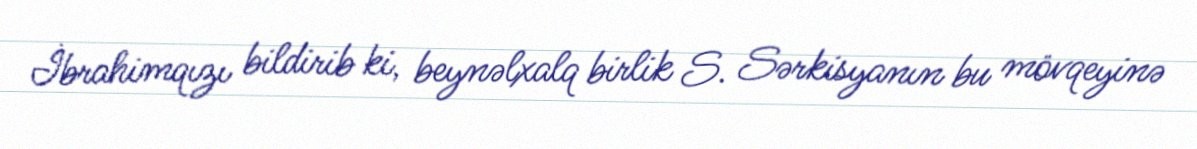
İbrahimqızı bildirib ki, beynəlxalq birlik S. Sərkisyanın bu mövqeyinə